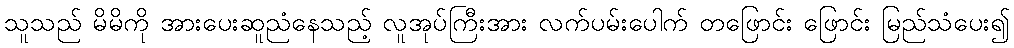
သူသည် မိမိကို အားပေးဆူညံနေသည့် လူအုပ်ကြီးအား လက်ပမ်းပေါက် တဖြောင်း ဖြောင်း မြည်သံပေး၍